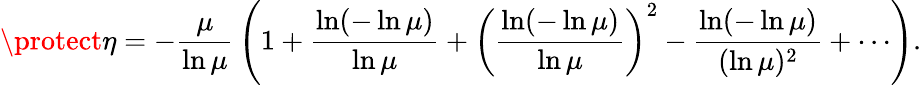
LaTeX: \protect\eta=-{\frac{\mu}{\ln\mu}}\left(1+{\frac{\ln(-\ln\mu)}{\ln\mu}}+\left({\frac{\ln(-\ln\mu)}{\ln\mu}}\right)^{2}-{\frac{\ln(-\ln\mu)}{(\ln\mu)^{2}}}+\cdots\right).